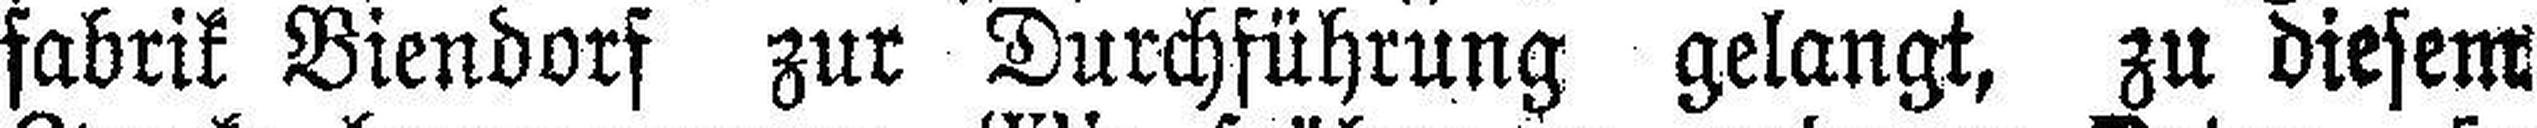
fabrik Biendorf zur Durchführung gelangt, zu diesem